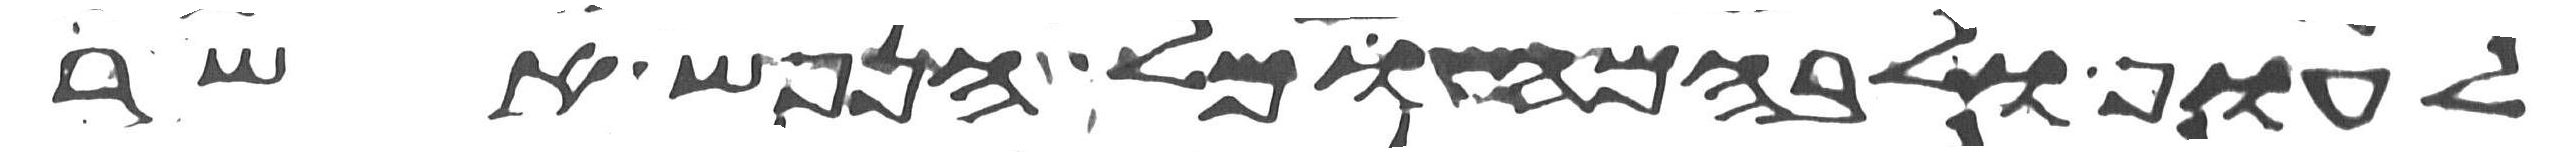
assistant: לעוף ולבהמה וכל הנפש אשר